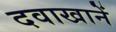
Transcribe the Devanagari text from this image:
दवाखानें